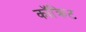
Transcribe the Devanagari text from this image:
कॉक्रिट